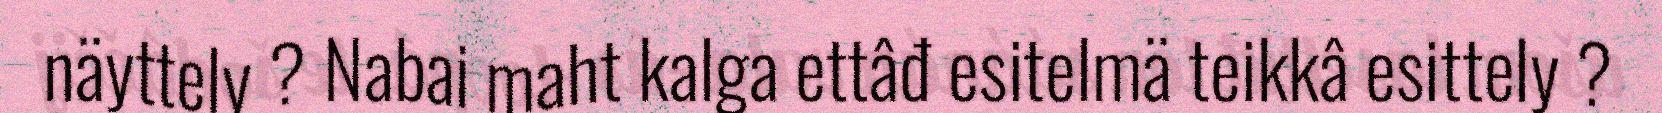
näyttely ? Nabai maht kalga ettâđ esitelmä teikkâ esittely ?